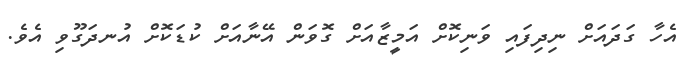
އެހާ ގަދައަށް ނިދިފައި ވަނިކޮށް އަމީޒާއަށް ގޮވަން އޭނާއަށް ކުޑަކޮށް އުނދަގޫވި އެވެ.